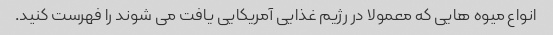
انواع میوه هایی که معمولا در رژیم غذایی آمریکایی یافت می شوند را فهرست کنید.